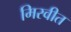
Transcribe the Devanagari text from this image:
मिरवीत